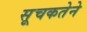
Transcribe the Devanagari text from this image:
सूचकतेने